Civil Veterinary Dept. Bombay admin report 1923-31 - 1923-1931
Year: 1923
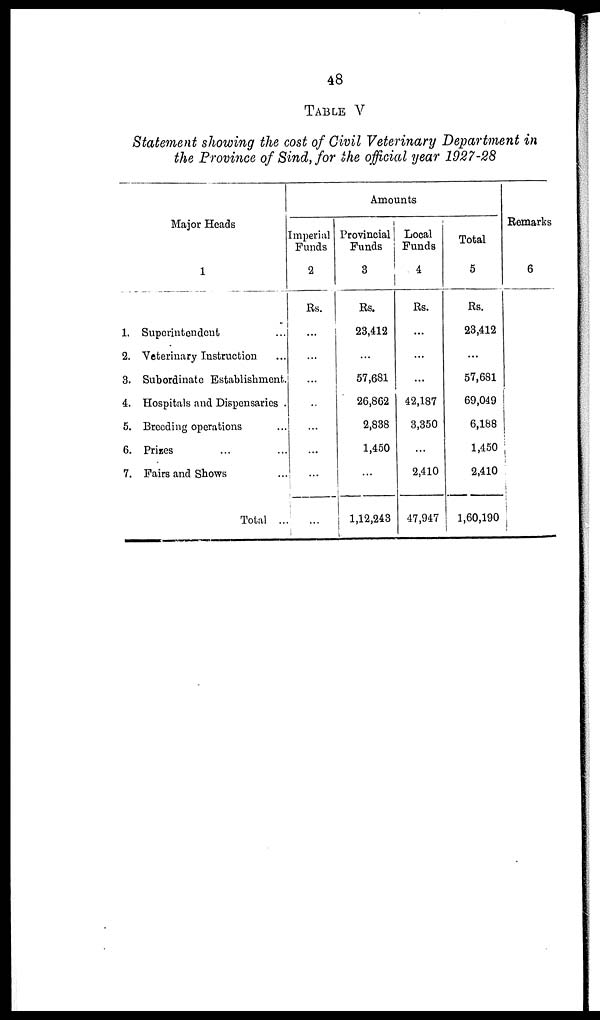
48
TABLE V
Statement showing the cost of Civil Veterinary Department in
the Province of Sind, for the official year 1927-28
Major Heads
1
1. Superintendent ...
2. Veterinary Instruction ...
3. Subordinate Establishment.
4. Hospitals and Dispensaries
5. Breeding operations ...
6. Prises ... ...
7. Fairs and Shows ...
Total ...
Amounts
Imperial
Funds
2
Rs.
...
...
...
...
...
...
...
...
Provincial
Funds
3
Rs.
23,412
...
57,681
26,862
2,888
1,450
...
1,12,248
Local
Funds
4
Rs.
...
...
...
42,187
3,350
...
2,410
47,947
Total
5
Rs.
23,412
...
57,681
69,049
6,188
1,450
2,410
1,60,190
Remarks
6